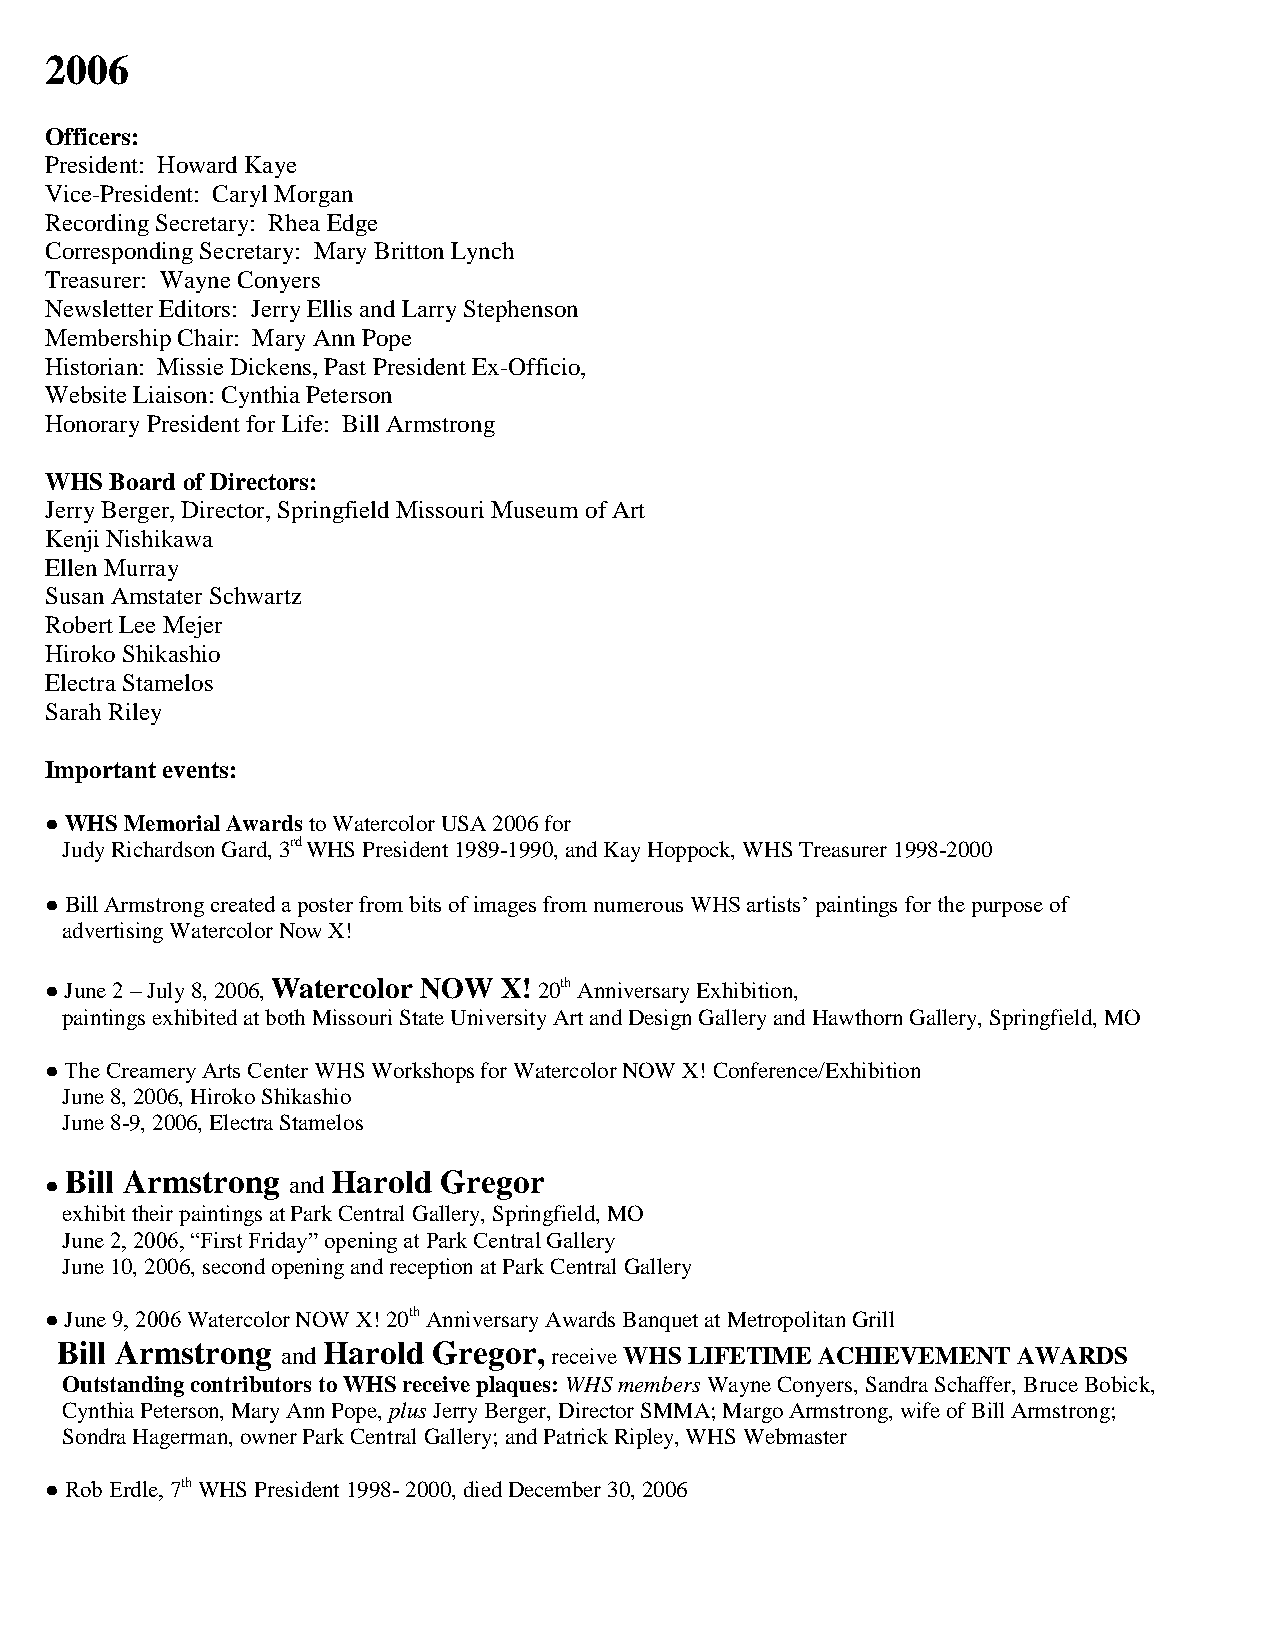
2006
 Officers:
 President: Howard Kaye
 Vice-President: Caryl Morgan
 Recording Secretary: Rhea Edge
 Corresponding Secretary: Mary Britton Lynch
 Treasurer: Wayne Conyers
 Newsletter Editors: Jerry Ellis and Larry Stephenson
 Membership Chair: Mary Ann Pope
 Historian: Missie Dickens, Past President Ex-Officio,
 Website Liaison: Cynthia Peterson
 Honorary President for Life: Bill Armstrong
 WHS Board of Directors:
 Jerry Berger, Director, Springfield Missouri Museum of Art
 Kenji Nishikawa
 Ellen Murray
 Susan Amstater Schwartz
 Robert Lee Mejer
 Hiroko Shikashio
 Electra Stamelos
 Sarah Riley
 Important events:
 ● WHS Memorial Awards to Watercolor USA 2006 for
 Judy Richardson Gard, 3rd WHS President 1989-1990, and Kay Hoppock, WHS Treasurer 1998-2000
 ● Bill Armstrong created a poster from bits of images from numerous WHS artists’ paintings for the purpose of
 advertising Watercolor Now X!
 ● June 2 – July 8, 2006, Watercolor NOW X! 20th Anniversary Exhibition,
 paintings exhibited at both Missouri State University Art and Design Gallery and Hawthorn Gallery, Springfield, MO
 ● The Creamery Arts Center WHS Workshops for Watercolor NOW X! Conference/Exhibition
 June 8, 2006, Hiroko Shikashio
 June 8-9, 2006, Electra Stamelos
 Bill Armstrong    Harold Gregor
 ●               and
 exhibit their paintings at Park Central Gallery, Springfield, MO
 June 2, 2006, “First Friday” opening at Park Central Gallery
 June 10, 2006, second opening and reception at Park Central Gallery
 ● June 9, 2006 Watercolor NOW X! 20th Anniversary Awards Banquet at Metropolitan Grill
 Bill Armstrong   Harold  Gregor,
 and              receive WHS LIFETIME ACHIEVEMENT AWARDS
 Outstanding contributors to WHS receive plaques: WHS members Wayne Conyers, Sandra Schaffer, Bruce Bobick,
 Cynthia Peterson, Mary Ann Pope, plus Jerry Berger, Director SMMA; Margo Armstrong, wife of Bill Armstrong;
 Sondra Hagerman, owner Park Central Gallery; and Patrick Ripley, WHS Webmaster
 ● Rob Erdle, 7th WHS President 1998- 2000, died December 30, 2006